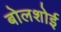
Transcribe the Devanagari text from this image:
बोलशोई